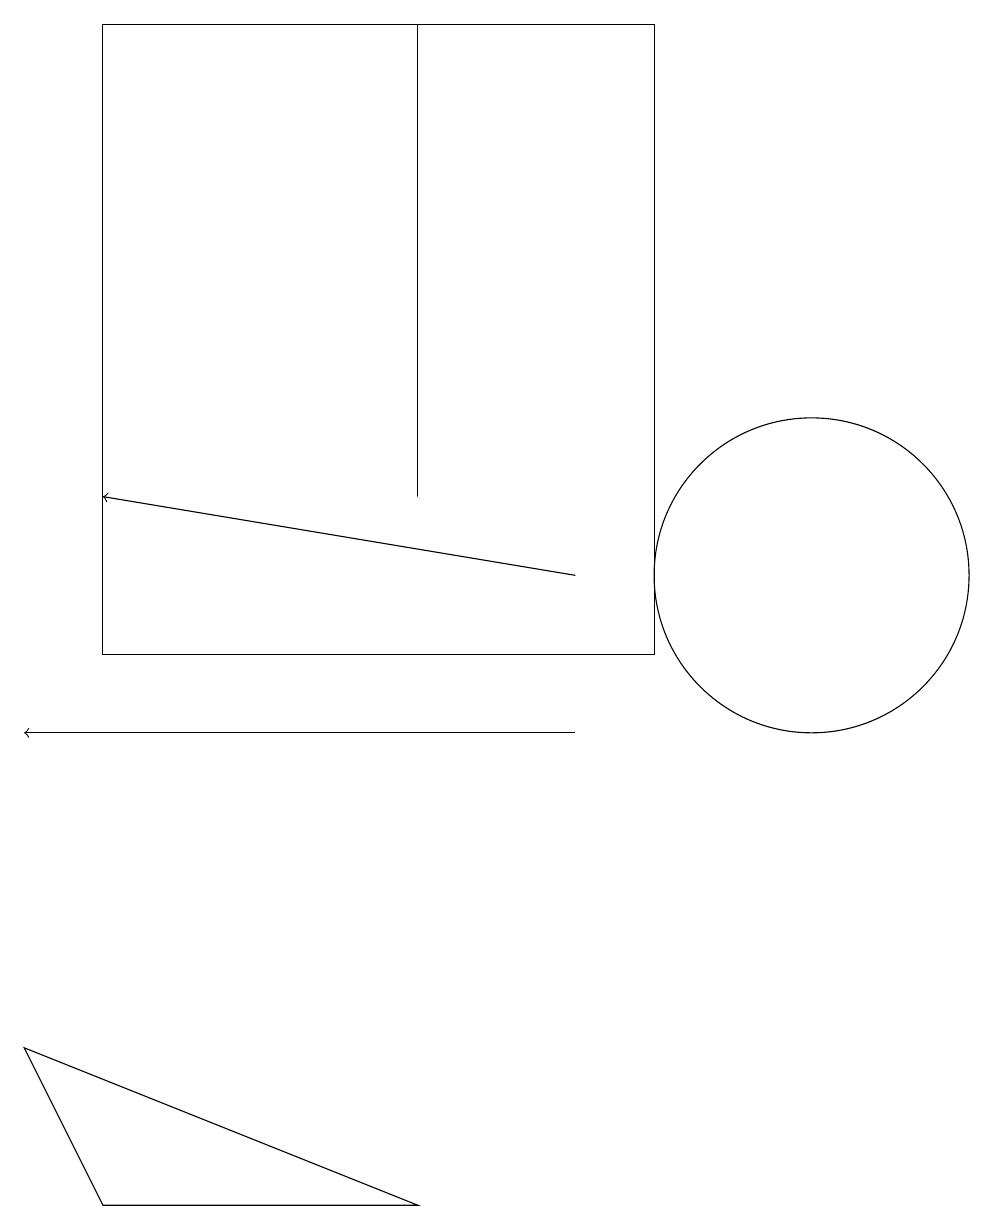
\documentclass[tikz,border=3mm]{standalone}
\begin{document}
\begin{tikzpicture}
\draw[->] (7,10) -- (0,10);
\draw[->] (7,12) -- (1,13);
\draw (5,13) rectangle (5,19);
\draw (0,6) -- (1,4) -- (5,4) -- cycle;
\draw (10,12) circle (2);
\draw (8,19) rectangle (1,11);
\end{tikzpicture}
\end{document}